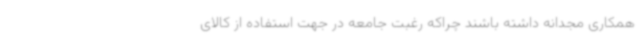
همکاری مجدانه داشته باشند چراکه رغبت جامعه در جهت استفاده از کالای